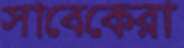
সাবেকেরা